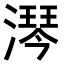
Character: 𣾔